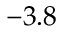
- 3 . 8